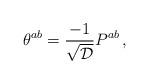
LaTeX: \begin{align*}\theta^{ab} = {-1 \over \sqrt{\cal D}}P^{ab} \, , \end{align*}